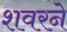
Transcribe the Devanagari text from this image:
शवरने